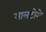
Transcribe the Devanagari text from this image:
सालटोरो